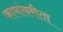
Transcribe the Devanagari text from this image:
कामांकरीता